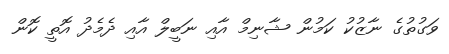
ވަގުތުގެ ނާޒުކު ކަމުން ޝާނިމް އާއި ނަބީލް އާއި ދެމެދު އޮތީ ކޮން